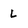
Character: L